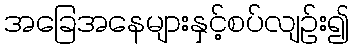
အခြေအနေများနှင့်စပ်လျဉ်း၍